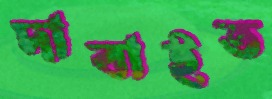
দাবাইত